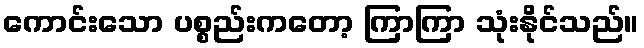
ကောင်းသော ပစ္စည်းကတော့ ကြာကြာ သုံးနိုင်သည်။